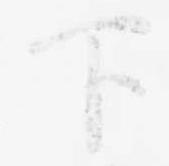
下